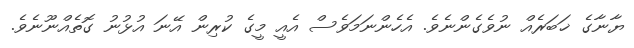
ޔާނާގެ ޚަބަރެއް ނުވެގެންނެވެ. އެހެންނަމަވެސް އެއީ މީގެ ކުރިން އޭނަ އުޅުނު ގޮތެއްނޫނެވެ.